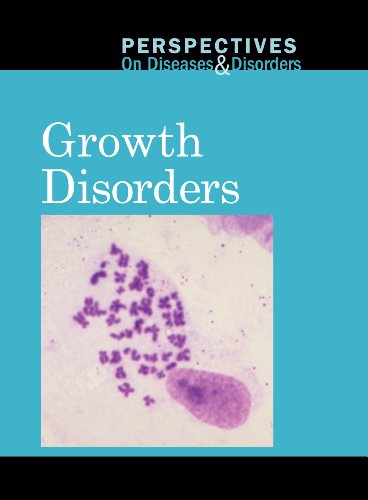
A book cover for Growth Disorders (Perspectives on Diseases and Disorders); Mary E. Williams; Teen & Young Adult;